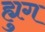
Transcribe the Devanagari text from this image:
ह्युग